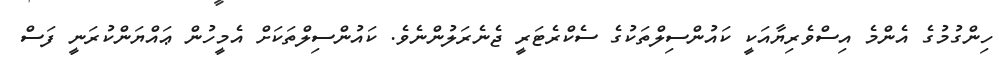
ހިންގުމުގެ އެންމެ އިސްވެރިޔާއަކީ ކައުންސިލްތަކުގެ ސެކްރެޓަރީ ޖެނެރަލުންނެވެ. ކައުންސިލްތަކަށް އެމީހުން ޢައްޔަންކުރަނީ ފަސް